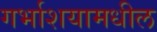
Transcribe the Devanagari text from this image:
गर्भाशयामधील